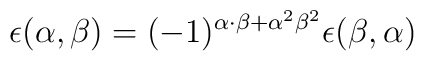
\epsilon (\alpha,\beta ) = (-1)^{\alpha\cdot\beta + {\alpha}^2 {\beta}^2}                               \epsilon (\beta,\alpha )